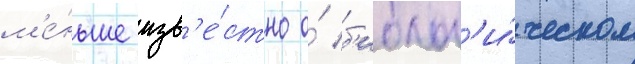
м'е́ньше изв'е́стно о́ б'иолог'и́ческом